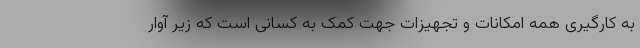
به کارگیری همه امکانات و تجهیزات جهت کمک به کسانی است که زیر آوار